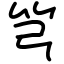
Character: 𥫤